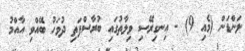
ލަންޑަން (މެއި 9) - އިނގިރޭސި ވިލާތުގައި ބުރާސްފަތި ދުވަހު ބޭއްވި އާއްމު